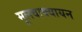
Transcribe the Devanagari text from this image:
मूलवाक्यायन